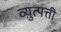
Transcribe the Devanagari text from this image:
व्य़ुत्पत्ती